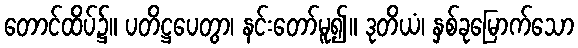
တောင်ထိပ်၌။ ပတိဋ္ဌပေတွာ၊ နင်းတော်မူ၍။ ဒုတိယံ၊ နှစ်ခုမြောက်သော